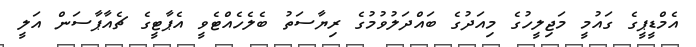
އެމްޑީޕީގެ ގައުމީ މަޖިލީހުގެ މިއަދުގެ ބައްދަލުވުމުގެ ރިޔާސަތު ބެލެހެއްޓެވީ އެޕާޓީގެ ޗެއާޕާސަން އަލީ